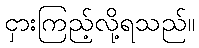
ငှားကြည့်လို့ရသည်။